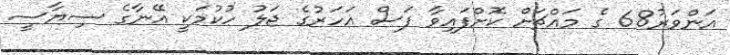
އަންވަރު68 ގެ މައްޗަށް ކޮށްފައިވާ ފަސް އަހަރުގެ ޖަލު ހުކުމަކީ އޭނާގެ ސިޔާސީ